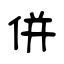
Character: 併